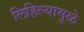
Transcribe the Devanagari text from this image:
लिहिल्यामुळे